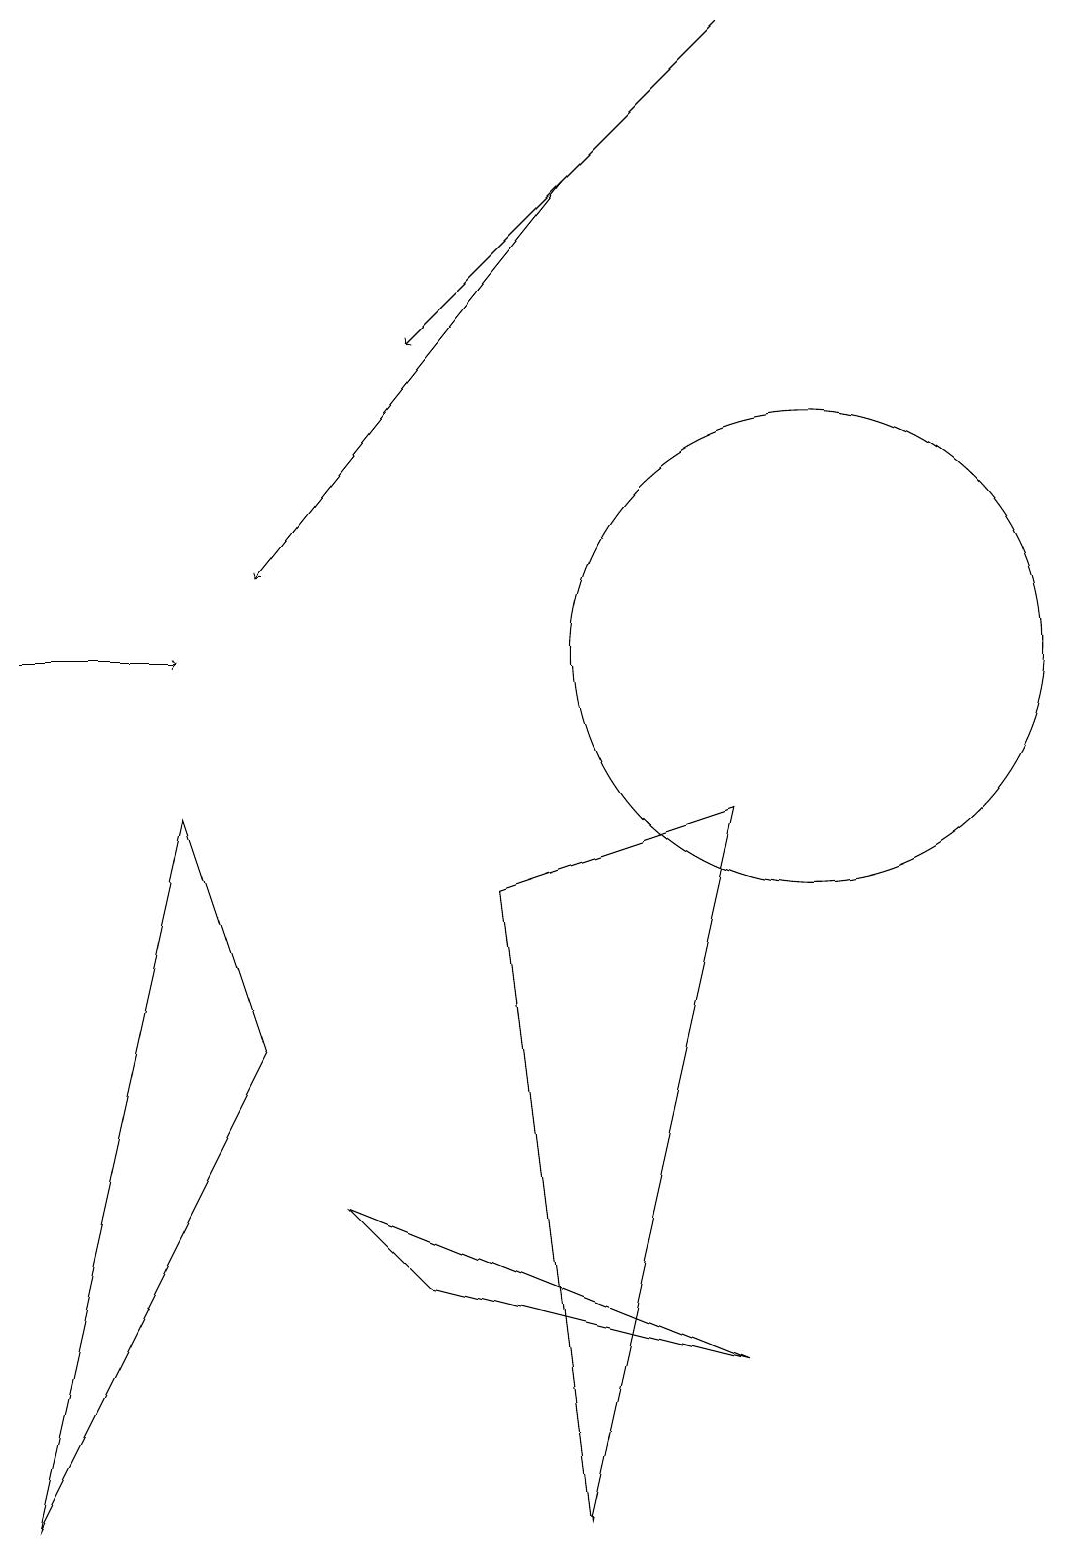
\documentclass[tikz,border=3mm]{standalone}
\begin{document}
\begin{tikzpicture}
\draw[->] (9,19) -- (5,15);
\draw (6,8) -- (9,9) -- (7,0) -- cycle;
\draw (10,11) circle (3);
\draw (4,4) -- (5,3) -- (9,2) -- cycle;
\draw[->] (7,17) -- (3,12);
\draw (3,6) -- (0,0) -- (2,9) -- cycle;
\draw[->] (0,11) -- (2,11);
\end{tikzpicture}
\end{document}